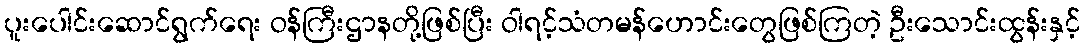
ပူးပေါင်းဆောင်ရွက်ရေး ဝန်ကြီးဌာနတို့ဖြစ်ပြီး ဝါရင့်သံတမန်ဟောင်းတွေဖြစ်ကြတဲ့ ဦးသောင်းထွန်းနှင့်